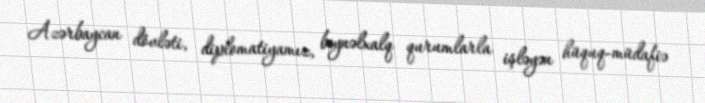
Azərbaycan dövləti, diplomatiyamız, beynəlxalq qurumlarla işləyən hüquq-müdafiə